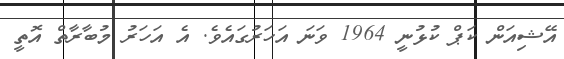
އޭޝިއަން ކަޕް ކުޅުނީ 1964 ވަނަ އަހަރުގައެވެ. އެ އަހަރު މުބާރާތް އޮތީ